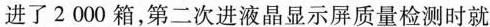
进了2000箱，第二次进液晶显示屏质量检测时就